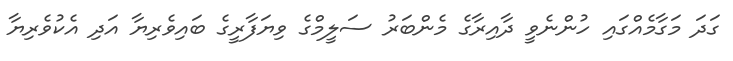
ގަދަ މަގާމެއްގައި ހުންނެވީ ދާއިރާގެ މެންބަރު ސަލީމްގެ ވިޔަފާރީގެ ބައިވެރިޔާ އަދި އެކުވެރިޔާ